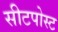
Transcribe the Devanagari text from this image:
सीटपोस्ट